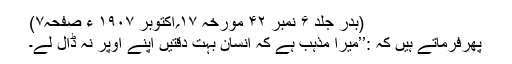
(بدر جلد ۶ نمبر ۴۲ مورخہ ۱۷؍اکتوبر ۱۹۰۷ ء صفحہ۷)
پھرفرماتے ہیں کہ :’’میرا مذہب ہے کہ انسان بہت دقتیں اپنے اوپر نہ ڈال لے۔